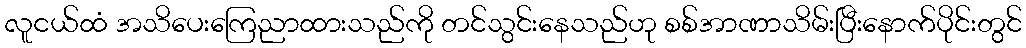
လူငယ်ထံ အသိပေးကြေညာထားသည်ကို တင်သွင်းနေသည်ဟု စစ်အာဏာသိမ်းပြီးနောက်ပိုင်းတွင်